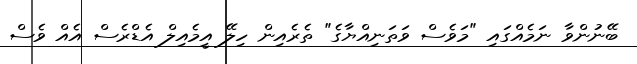
ބޭނުންވާ ނަމެއްގައި "މަވެސް ވަތަނިއްޔާގެ" ތެރެއިން ހިލޭ އީމެއިލް އެޑްރެސް އެއް ވެސް